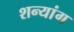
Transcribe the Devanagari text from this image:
शन्यांग